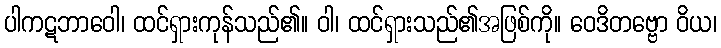
ပါကဋဘာဝေါ၊ ထင်ရှားကုန်သည်၏။ ဝါ၊ ထင်ရှားသည်၏အဖြစ်ကို။ ဝေဒိတဗ္ဗော ဝိယ၊